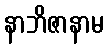
နာဘိဇာနာမ